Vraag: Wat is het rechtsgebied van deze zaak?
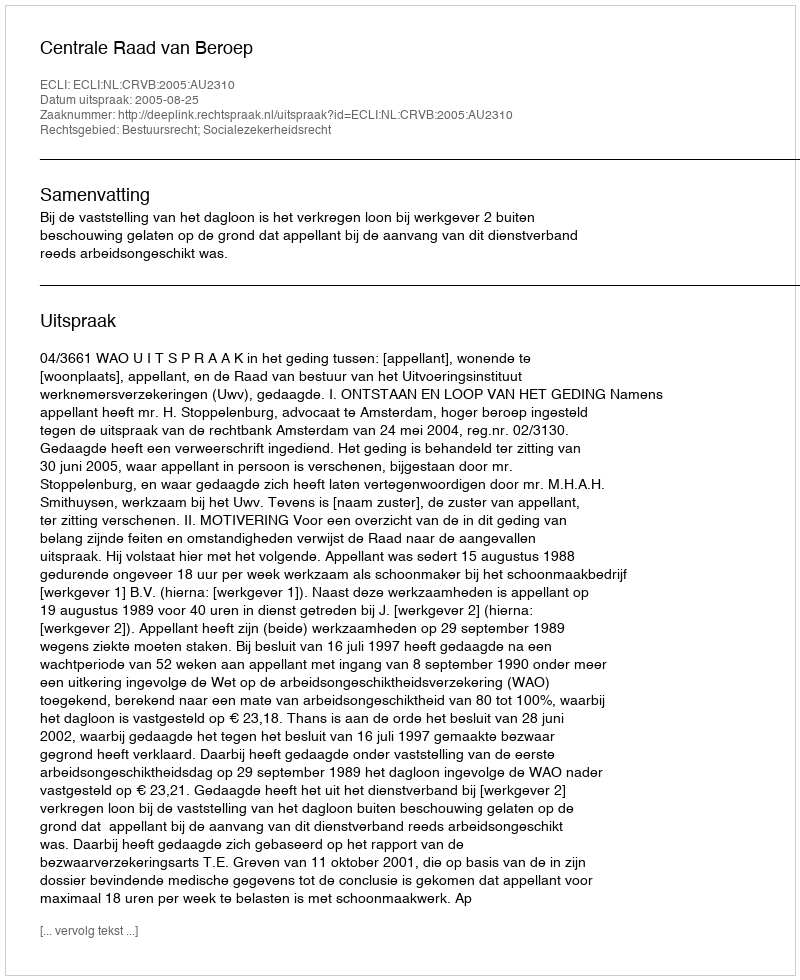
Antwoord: Bestuursrecht; Socialezekerheidsrecht